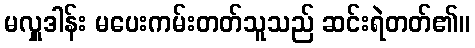
မလှူဒါန်း မပေးကမ်းတတ်သူသည် ဆင်းရဲတတ်၏။